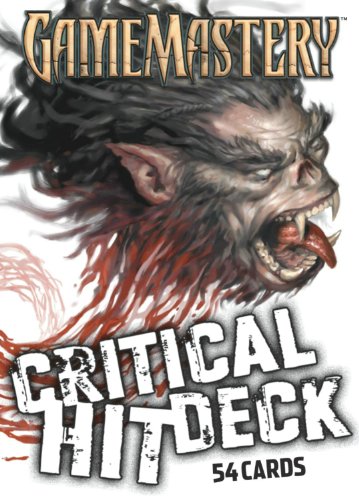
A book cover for Gamemastery Critical Hit Deck New Printing; Science Fiction & Fantasy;